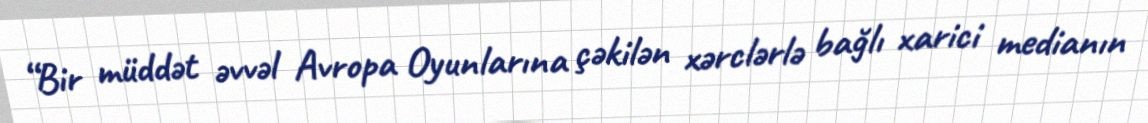
“Bir müddət əvvəl Avropa Oyunlarına çəkilən xərclərlə bağlı xarici medianın